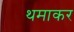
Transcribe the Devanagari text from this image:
थमाकर